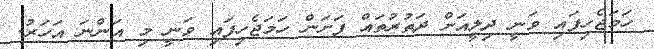
ހަމަޖެހިފައި ވަނީ ދިލީއަށް ދަތުރުތައް ފަށަން ހަމަޖެހިފައި ވަނީ މި އަންނަ އަހަރު.